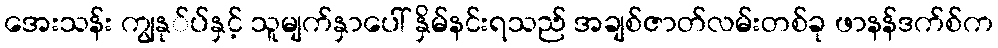
အေးသန်း ကျွနု်ပ်နှင့် သူမျက်နှာပေါ် နှိမ်နင်းရသည် အချစ်ဇာတ်လမ်းတစ်ခု ဖာနန်ဒက်စ်က